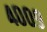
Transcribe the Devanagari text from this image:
४००९